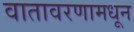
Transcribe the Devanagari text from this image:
वातावरणामधून